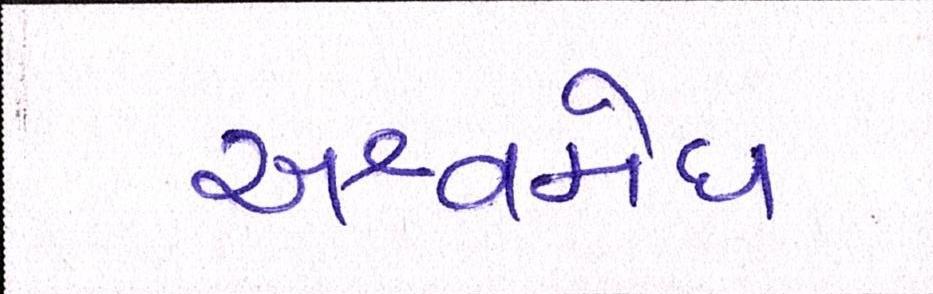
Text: અશ્વમેઘ